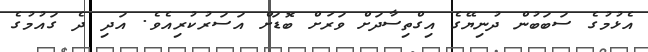
އެޅުމުގެ ސަބަބުން ދުނިޔޭގެ އިގްތިސާދަށް ވަރަށް ބޮޑަށް އަސަރުކުރިއެވެ. އަދި ދެ ގައުމުގެ